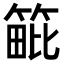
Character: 𥯡